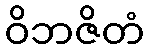
ဝိဘဇိတံ